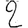
Digit: 2